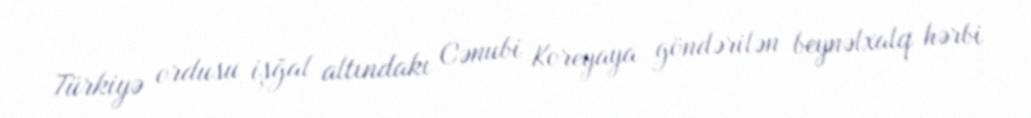
Türkiyə ordusu işğal altındakı Cənubi Koreyaya göndərilən beynəlxalq hərbi